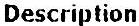
DESCRIPTION